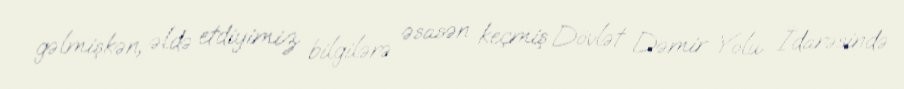
gəlmişkən, əldə etdiyimiz bilgilərə əsasən keçmiş Dövlət Dəmir Yolu İdarəsində